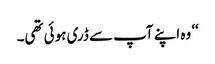
‘‘ وہ اپنے آپ سے ڈری ہوئی تھی۔